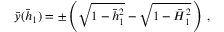
\bar { y } ( \bar { h } _ { 1 } ) = \pm \left( \sqrt { 1 - \bar { h } _ { 1 } ^ { 2 } } - \sqrt { 1 - \bar { H } _ { 1 } ^ { 2 } } \, \right) \, ,